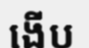
ងើប